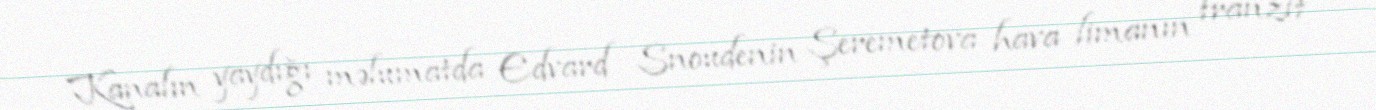
Kanalın yaydığı məlumatda Edvard Snoudenin Şeremetova hava limanın tranzit